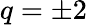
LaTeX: q=\pm 2